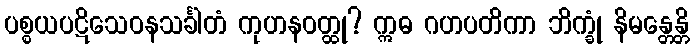
ပစ္စယပဋိသေဝနသင်္ခါတံ ကုဟနဝတ္ထု? ဣဓ ဂဟပတိကာ ဘိက္ခုံ နိမန္တေန္တိ